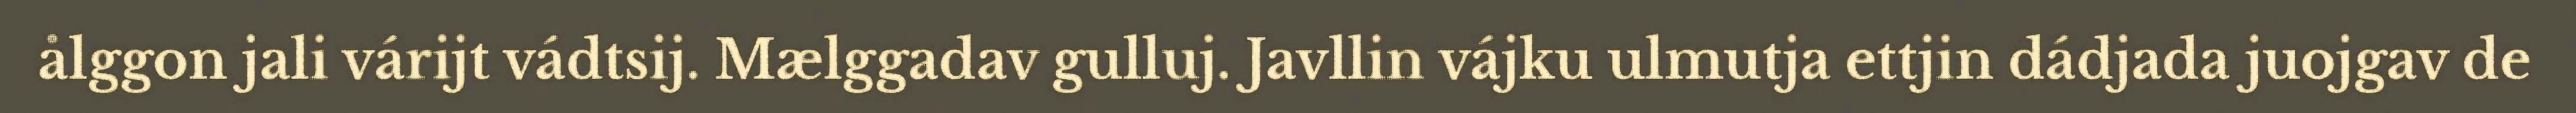
ålggon jali várijt vádtsij. Mælggadav gulluj. Javllin vájku ulmutja ettjin dádjada juojgav de